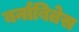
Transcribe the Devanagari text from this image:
बर्नाबितेस